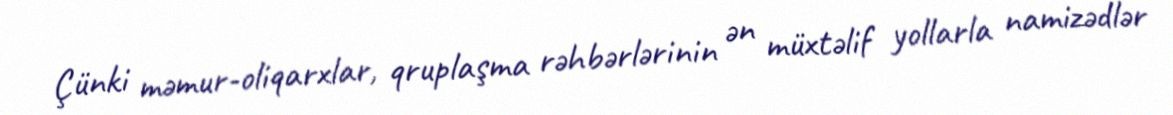
Çünki məmur-oliqarxlar, qruplaşma rəhbərlərinin ən müxtəlif yollarla namizədlər